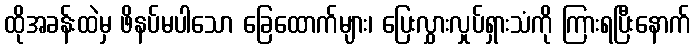
ထိုအခန်းထဲမှ ဖိနပ်မပါသော ခြေထောက်များ၊ ပြေးလွှားလှုပ်ရှားသံကို ကြားရပြီးနောက်